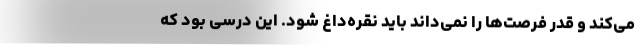
می‌کند و قدر فرصت‌ها را نمی‌داند باید نقره‌داغ شود. این درسی بود که